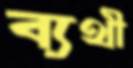
ব্যথী